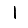
Digit: 1